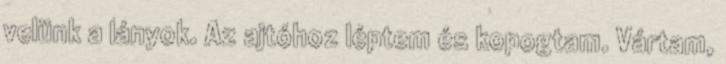
velünk a lányok. Az ajtóhoz léptem és kopogtam. Vártam,